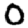
Digit: 0